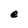
Character: e